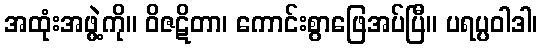
အထုံးအဖွဲ့ကို။ ဝိဇဋိတာ၊ ကောင်းစွာဖြေအပ်ပြီ။ ပရပ္ပဝါဒါ၊